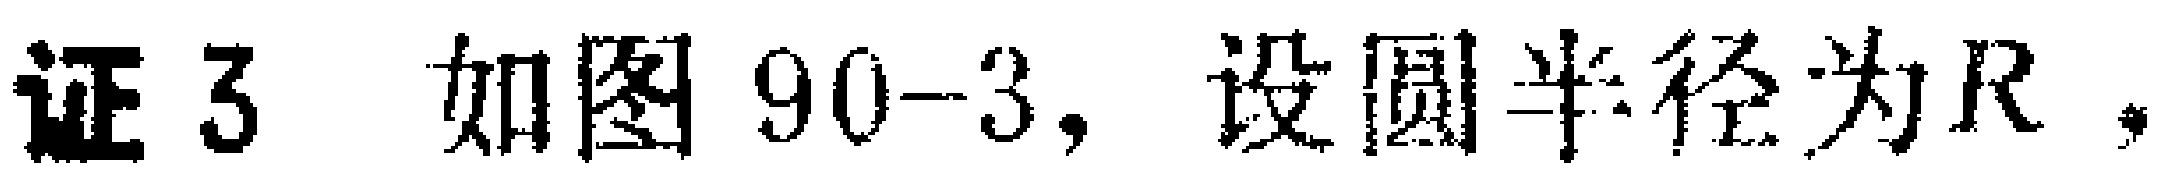
证3 如图90-3，设圆半径为\(R\)，